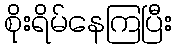
စိုးရိမ်နေကြပြီး